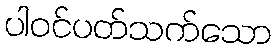
ပါဝင်ပတ်သက်သော